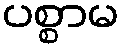
ပစ္စာမ